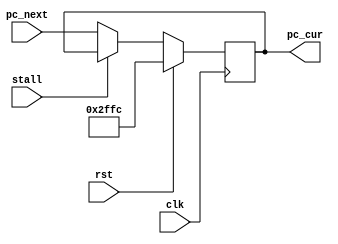
`timescale 1ns / 1ps
//////////////////////////////////////////////////////////////////////////////////
// Company: 
// Engineer: 
// 
// Design Name: 
// Module Name: PC
// Project Name: 
// Target Devices: 
// Tool Versions: 
// Description: 
// 
// Dependencies: 
// 
// Revision:
// Revision 0.01 - File Created
// Additional Comments:
// 
//////////////////////////////////////////////////////////////////////////////////


module PC(
	input [31:0] pc_next,
	input clk,stall,rst,
	output reg [31:0] pc_cur
    );
	initial pc_cur=32'h2ffc;
	always @(posedge clk)
	begin
		if(rst)
			pc_cur<=32'h2ffc;
		else
		begin
			if(stall)
				pc_cur<=pc_cur;
			else
				pc_cur<=pc_next;
		end
	end
endmodule